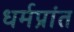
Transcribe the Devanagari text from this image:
धर्मप्रांत